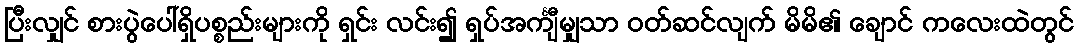
ပြီးလျှင် စားပွဲပေါ်ရှိပစ္စည်းများကို ရှင်း လင်း၍ ရှပ်အင်္ကျီမျှသာ ဝတ်ဆင်လျက် မိမိ၏ ချောင် ကလေးထဲတွင်